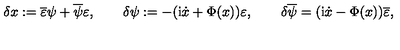
\delta x : = \overline { { \varepsilon } } \psi + \overline { { \psi } } \varepsilon , \qquad \delta \psi : = - ( \mathrm { i } \dot { x } + \Phi ( x ) ) \varepsilon , \qquad \delta \overline { { \psi } } = ( \mathrm { i } \dot { x } - \Phi ( x ) ) \overline { { \varepsilon } } ,